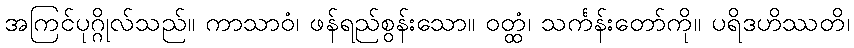
အကြင်ပုဂ္ဂိုလ်သည်။ ကာသာဝံ၊ ဖန်ရည်စွန်းသော။ ဝတ္ထံ၊ သင်္ကန်းတော်ကို။ ပရိဒဟိဿတိ၊